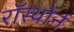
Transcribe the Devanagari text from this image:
रॉस्थोर्न